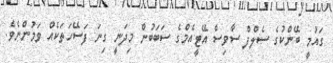
ގައުމީ ބޭންކުގެ ސެލްފް ސާވިސް އޭޓީއެމްގެ ސަބަބުން މިދަނީ ގިނަ ފަސޭހަތަކެއް ވަމުންނެވެ.